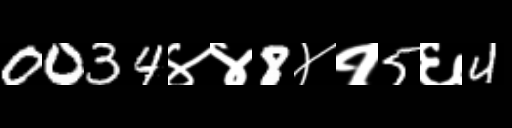
Text: 0034४४8४१5६4